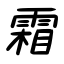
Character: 霜